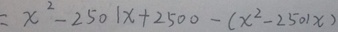
= x ^ { 2 } - 2 5 0 1 x + 2 5 0 0 - ( x ^ { 2 } - 2 5 0 1 x )